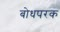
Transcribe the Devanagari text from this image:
बोधपरक